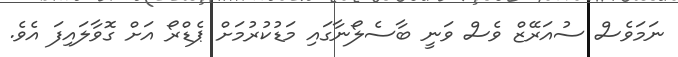
ނަމަވެސް ސުއަރޭޒް ވެސް ވަނީ ބާސެލޯނާގައި މަޑުކުރުމަށް ޕެޑްރޯ އަށް ގޮވާލައިފަ އެވެ.